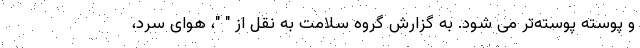
و پوسته پوسته‌تر می شود. به گزارش گروه سلامت به نقل از " "، هوای سرد،